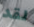
لقد